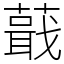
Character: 蕺